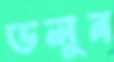
ডলুন